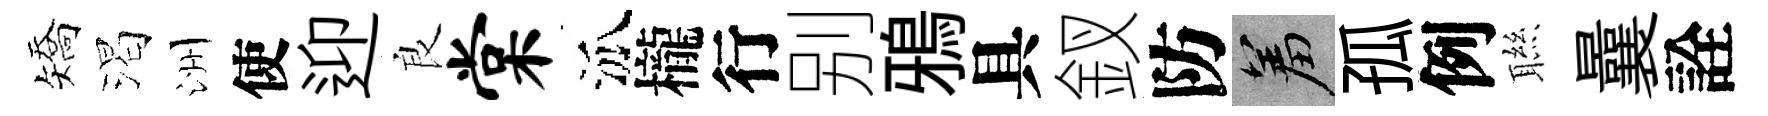
矯渴洲使迎良棠泒櫳行别鴉具釵防羞孤例聮曩詮